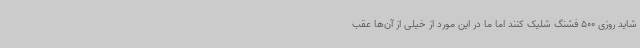
شاید روزی 500 فشنگ شلیک کنند اما ما در این مورد از خیلی از آن‌ها عقب